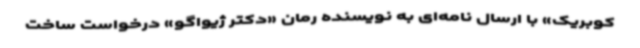
کوبریک» با ارسال نامه‌ای به نویسنده رمان «دکتر ژیواگو» درخواست ساخت